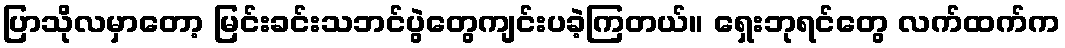
ပြာသိုလမှာတော့ မြင်းခင်းသဘင်ပွဲတွေကျင်းပခဲ့ကြတယ်။ ရှေးဘုရင်တွေ လက်ထက်က